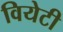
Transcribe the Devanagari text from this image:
वियेटी